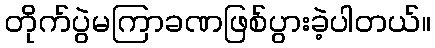
တိုက်ပွဲမကြာခဏဖြစ်ပွားခဲ့ပါတယ်။